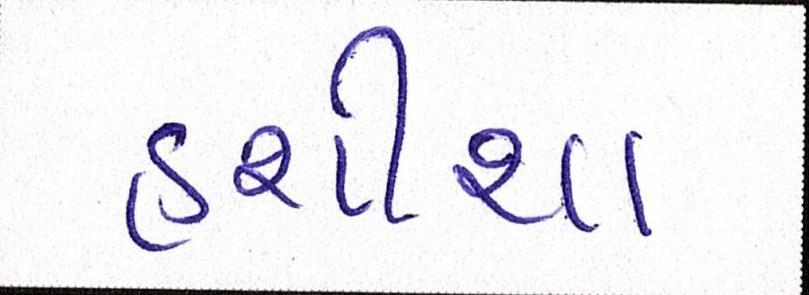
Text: હશીશ